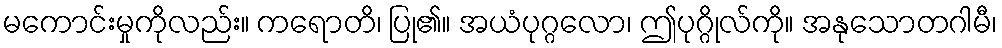
မကောင်းမှုကိုလည်း။ ကရောတိ၊ ပြု၏။ အယံပုဂ္ဂလော၊ ဤပုဂ္ဂိုလ်ကို။ အနုသောတဂါမီ၊